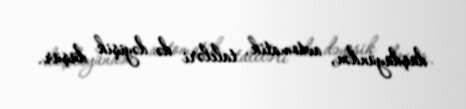
düşdüyündən, avtomatik, taleləri də dəyişik düşür.